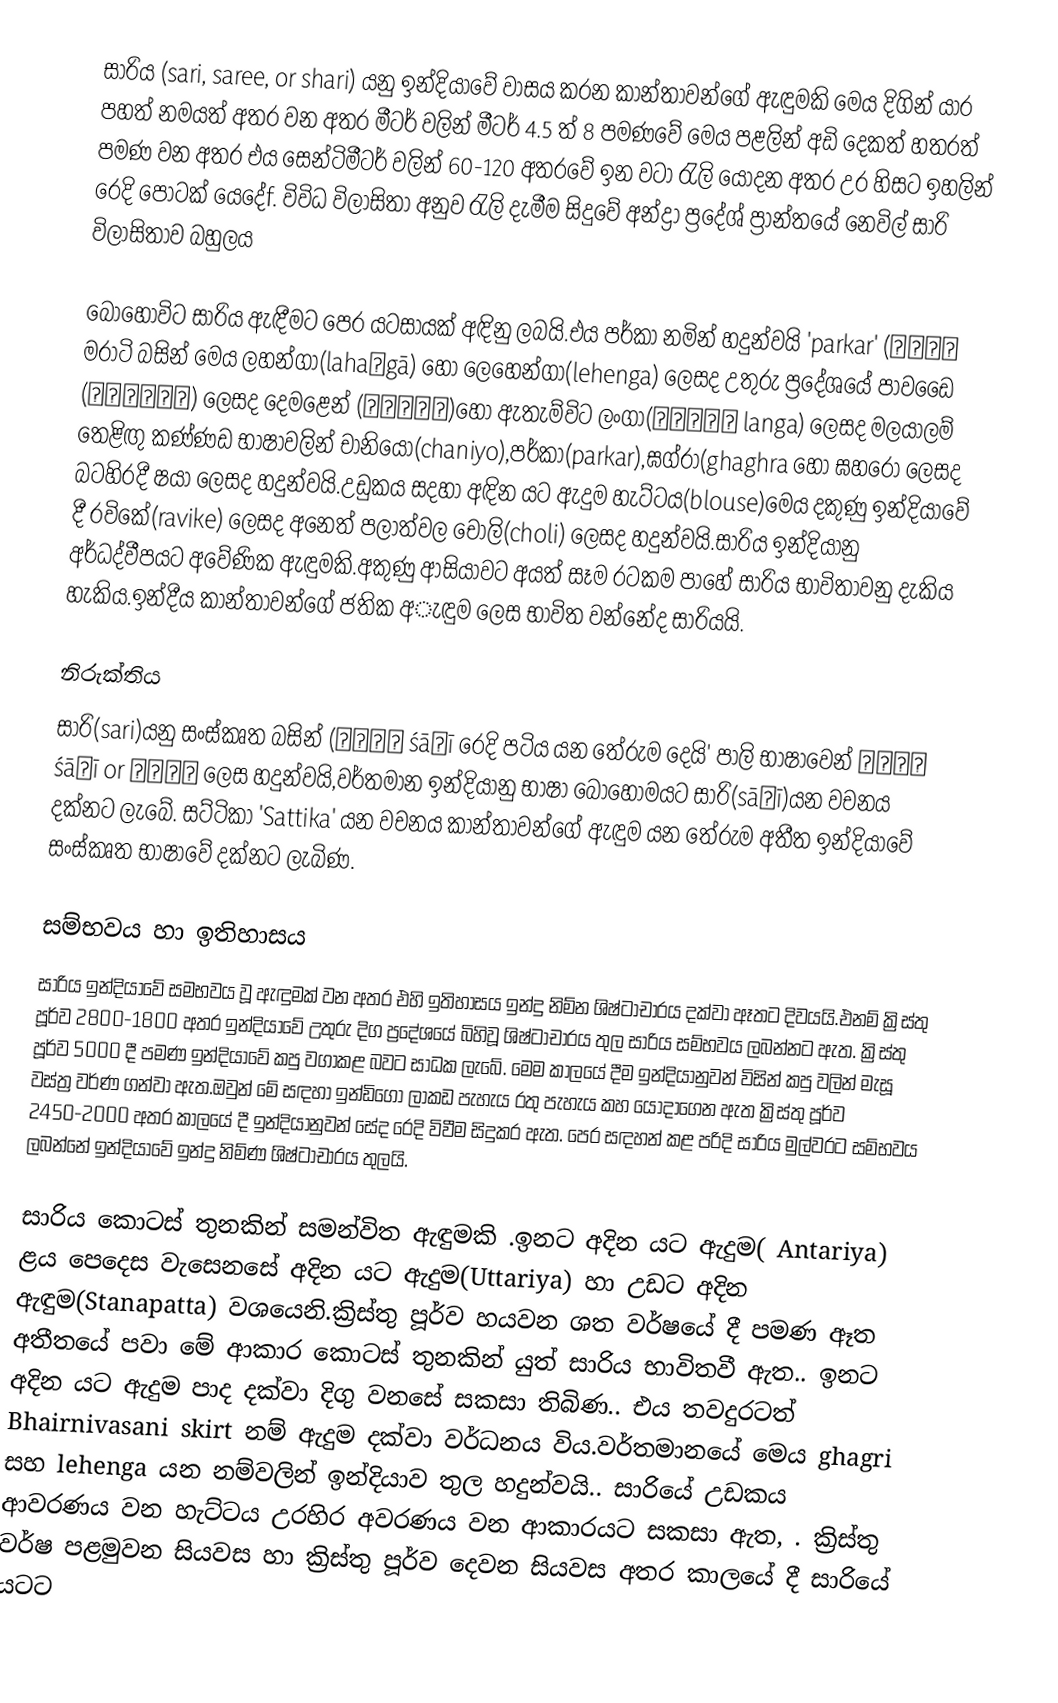
සාරිය (sari, saree, or shari)  යනු ඉන්දියාවේ වාසය කරන කාන්තාවන්ගේ ඇඳුමකි මෙය දිගින් යාර පහත් නමයත් අතර වන අතර මීටර් වලින් මීටර් 4.5 ත්  8 පමණවේ මෙය පළලින් අඩි දෙකත් හතරත් පමණ වන අතර එය සෙන්ටිමීටර් වලින් 60-120  අතරවේ ඉන වටා රැලි යොදන අතර උර හිසට ඉහලින් රෙදි පොටක් යෙදේf. විවිධ විලාසිතා අනුව රැලි දැමීම සිදුවේ අන්ද්‍රා ප්‍රදේශ් ප්‍රාන්තයේ නෙවිල් සාරි විලාසිතාව බහුලය

බොහෝවිට සාරිය ඇඳීමට පෙර යටසායක් අඳිනු ලබයි.එය පර්කා නමින් හදුන්වයි 'parkar' (परकर මරාටි බසින් මෙය ලහන්ගා(lahaṅgā) හෝ ලෙහෙන්ගා(lehenga) ලෙසද උතුරු ප්‍රදේශයේ පාවඩෛ (பாவாடை) ලෙසද දෙමළෙන් (பாவடா)හෝ ඇතැම්විට ලංගා(லங்கா langa) ලෙසද මලයාලම් තෙළිඟු කණ්ණඩ භාෂාවලින් චානියෝ(chaniyo),පර්කා(parkar),ඝග්රා(ghaghra හෝ ඝහරෝ ලෙසද බටහිරදී ෂයා ලෙසද හදුන්වයි.උඩුකය සදහා අඳින යට ඇදුම හැට්ටය(blouse)මෙය දකුණු ඉන්දියාවේ දී රවිකේ(ravike) ලෙසද අනෙත් පලාත්වල චෝලි(choli) ලෙසද හදුන්වයි.සාරිය ඉන්දියානු අර්ධද්වීපයට අවේණික ඇඳුමකි.අකුණු ආසියාවට අයත් සෑම රටකම පාහේ සාරිය භාවිතාවනු දැකිය හැකිය.ඉන්දීය කාන්තාවන්ගේ ජතික අැඳුම ලෙස භාවිත වන්නේද සාරියයි.

නිරුක්තිය
සාරි(sari)යනු සංස්කෘත බසින්  (शाटी śāṭī රෙදි පටිය යන තේරුම දෙයි' පාලි භාෂාවෙන් शाडी śāḍī or साडी ලෙස හදුන්වයි,වර්තමාන ඉන්දියානු භාෂා බොහෝමයට සාරි(sāṛī)යන වචනය දක්නට ලැබේ. සට්ටිකා 'Sattika' යන වචනය කාන්තාවන්ගේ ඇඳුම යන තේරුම අතීත ඉන්දියාවේ සංස්කෘත භාෂාවේ දක්නට ලැබිණ.

සම්භවය හා ඉතිහාසය
සාරිය ඉන්දියාවේ සමභවය වූ ඇඳුමක් වන අතර එහි ඉතිහාසය ඉන්දු නිම්න ශිෂ්ටාචාරය දක්වා ඈතට දිවයයි.එනම් ක්‍රිස්තු පූර්ව 2800-1800 අතර ඉන්දියාවේ උතුරු දිග ප්‍රදේශයේ බිහිවූ ශිෂ්ටාචාරය තුල සාරිය සම්භවය ලබන්නට ඇත. ක්‍රිස්තු පූර්ව 5000 දී පමණ ඉන්දියාවේ කපු වගාකළ බවට සාධක ලැබේ. මෙම කාලයේ දීම ඉන්දියානුවන් විසින් කපු වලින් මැසූ වස්ත්‍ර වර්ණ ගන්වා ඇත.ඔවුන් මේ සඳහා ඉන්ඩිගෝ ලාකඩ පැහැය රතු පැහැය කහ යොදාගෙන ඇත  ක්‍රිස්තු පූර්ව 2450-2000 අතර කාලයේ දී ඉන්දියානුවන් සේද රෙදි විවීම සිදුකර ඇත. පෙර සඳහන් කළ පරිදි සාරිය මුල්වරට සම්භවය ලබන්නේ ඉන්දියාවේ ඉන්දු නිම්ණ ශිෂ්ටාචාරය තුලයි.

සාරිය කොටස් තුනකින් සමන්විත ඇඳුමකි .ඉනට අදින යට ඇදුම( Antariya) ළය පෙදෙස වැසෙනසේ අදින යට ඇදුම(Uttariya) හා උඩට අදින ඇඳුම(Stanapatta) වශයෙනි.ක්‍රිස්තු පූර්ව හයවන ශත වර්ෂයේ දී පමණ ඈත අතීතයේ පවා මේ ආකාර කොටස් තුනකින් යුත් සාරිය භාවිතවී ඇත.. ඉනට අදින යට ඇදුම පාද දක්වා දිගු වනසේ සකසා තිබිණ.. එය තවදුරටත් Bhairnivasani skirt නම් ඇදුම දක්වා වර්ධනය විය.වර්තමානයේ මෙය ghagri සහ lehenga යන නම්වලින් ඉන්දියාව තුල හදුන්වයි.. සාරියේ උඩකය ආවරණය වන හැට්ටය උරහිර අවරණය වන ආකාරයට සකසා ඇත, . ක්‍රිස්තු වර්ෂ පළමුවන සියවස හා ක්‍රිස්තු පූර්ව දෙවන සියවස අතර කාලයේ දී සාරියේ යටට